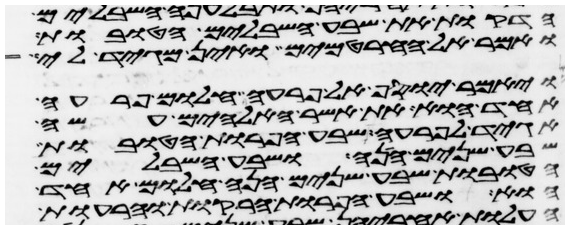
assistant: הדקות את שבע השבלים הטובות
ואמר אל החרטמים ואין מגיד לי
ויאמר יוסף אל פרעה חלום פרעה
אחד הוא את אשר האלהים עשה
אגיד לפרעה שבע הפרות הטובות
שבע שנים הנה ושבע השבלים
הטובות שבע שנים הנה חלום אחד
הוא ושבע הפרות הרקות והרעות